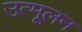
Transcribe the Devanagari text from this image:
उत्मूलन